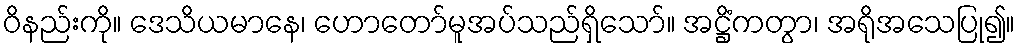
ဝိနည်းကို။ ဒေသိယမာနေ၊ ဟောတော်မူအပ်သည်ရှိသော်။ အဋ္ဌိံကတွာ၊ အရိုအသေပြု၍။